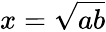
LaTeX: x={\sqrt{ab}}